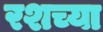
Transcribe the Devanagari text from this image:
रशच्या